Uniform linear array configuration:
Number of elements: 48
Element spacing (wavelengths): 0.75
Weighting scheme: kaiser
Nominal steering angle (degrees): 45
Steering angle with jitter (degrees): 45.948
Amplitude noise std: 0.05
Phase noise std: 0.05

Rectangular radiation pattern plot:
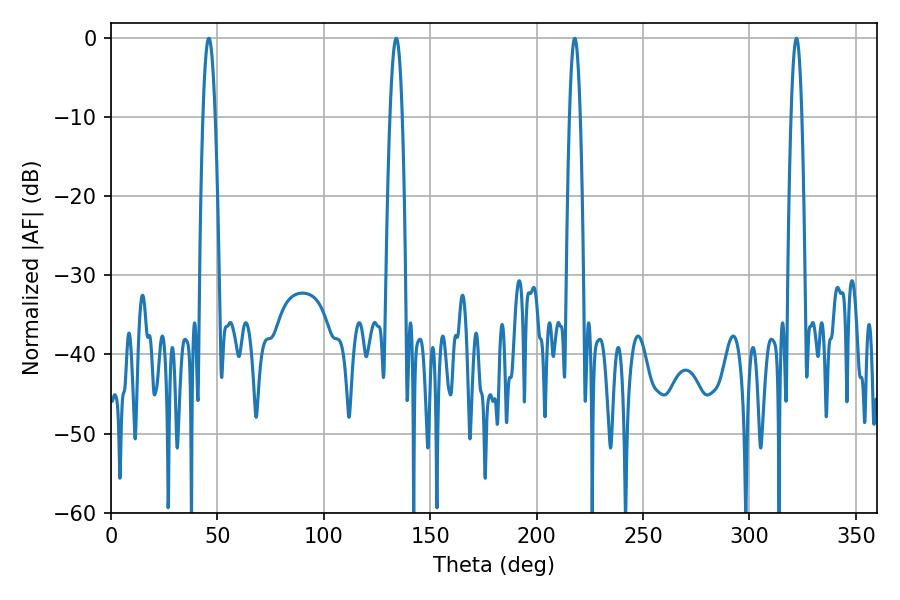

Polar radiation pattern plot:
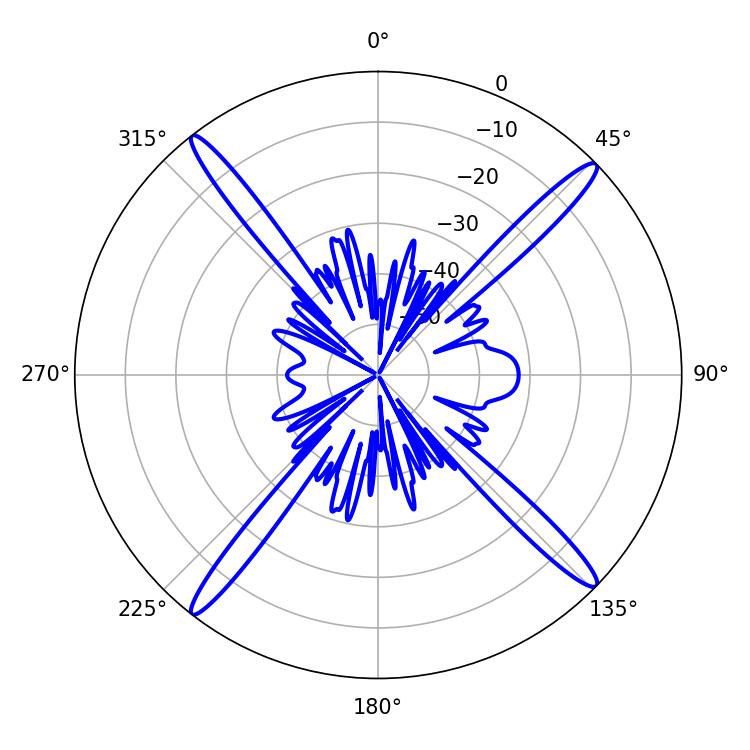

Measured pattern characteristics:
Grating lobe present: TRUE
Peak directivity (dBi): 19.639
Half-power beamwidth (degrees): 3.06
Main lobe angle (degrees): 45.9